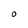
Character: O